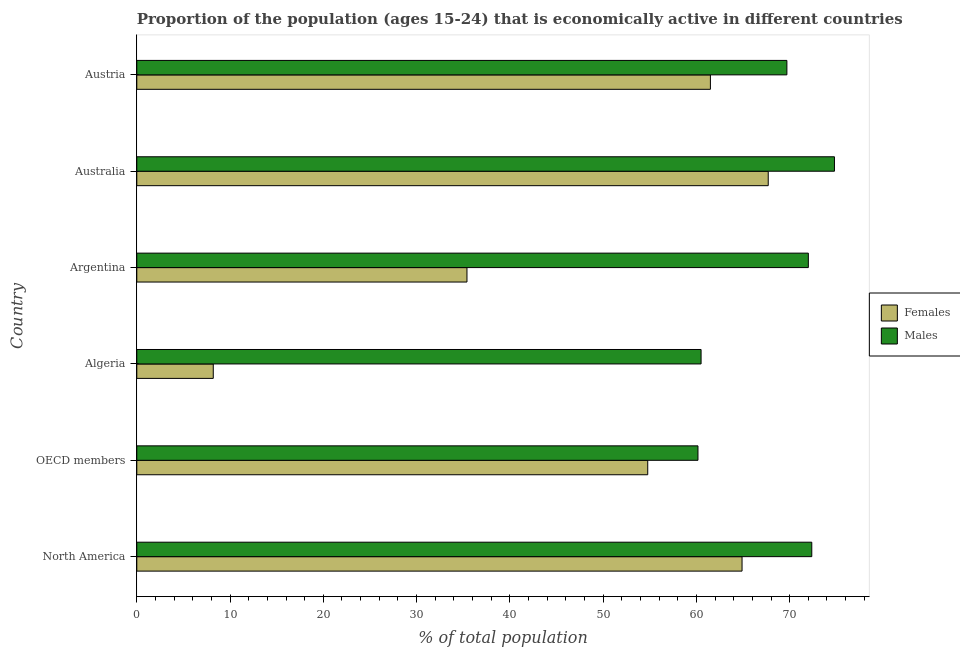
| Country | Females | Males |
 | --- | --- | --- |
 | North America | 64.9 | 72.4 |
 | OECD members | 54.8 | 60.2 |
 | Algeria | 8.2 | 60.5 |
 | Argentina | 35.4 | 72 |
 | Australia | 67.7 | 74.8 |
 | Austria | 61.5 | 69.7 |